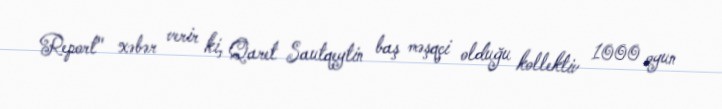
Report" xəbər verir ki, Qaret Sautqeytin baş məşqçi olduğu kollektiv 1000 oyun